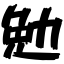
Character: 勉